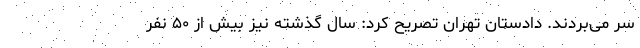
سر می‌بردند. دادستان تهران تصریح کرد: سال گذشته نیز بیش از ۵۰ نفر